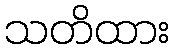
သတိထား